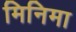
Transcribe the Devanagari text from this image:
मिनिमा